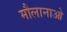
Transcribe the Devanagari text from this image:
मौलानाओ